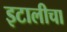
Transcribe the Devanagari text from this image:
इटालीचा